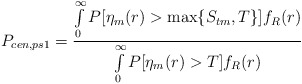
\begin{align*}P_{cen,ps1}=\frac{\int\limits_{0}^{\infty}P[\eta_m(r)>\max\{S_{tm},T\}]f_R(r)}{\int\limits_{0}^{\infty}P[\eta_m(r)>T]f_R(r)}\end{align*}